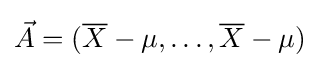
{\vec {A}}=({\overline {X}}-\mu ,\ldots ,{\overline {X}}-\mu )